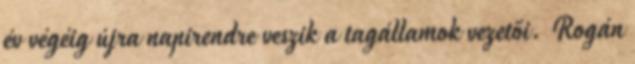
év végéig újra napirendre veszik a tagállamok vezetői. Rogán